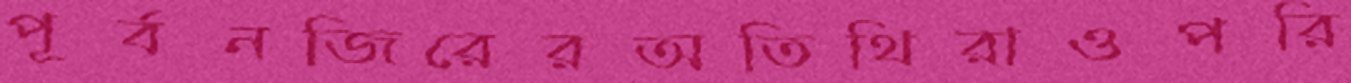
পূর্বনজিরেরঅতিথিরাওপরি